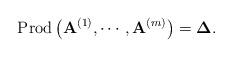
LaTeX: \begin{align*}\mbox{Prod}\left(\mathbf{A}^{(1)},\cdots,\mathbf{A}^{(m)}\right)=\boldsymbol{\Delta}.\end{align*}